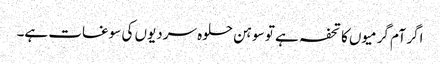
اگر آم گرمیوں کا تحفہ ہے تو سوہن حلوہ سردیوں کی سوغات ہے۔